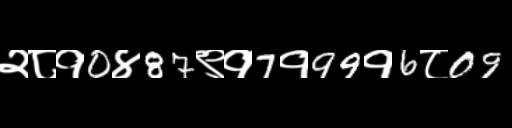
Text: २८१0४87९१7१99१6८09